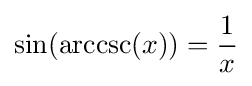
\sin(\operatorname {arccsc} (x))={\frac {1}{x}}